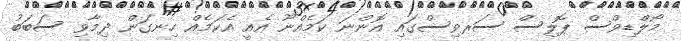
މޯލްޑިވްސް ޕޮލިސް ސަރވިސްގައި އޮންނަ ކަމެއްނޫ އެއީ އެކަމެއް ހިނގަން ދިމާވި ސަބަބު